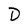
Character: D